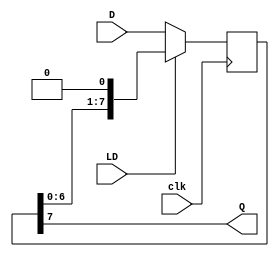
module x74166(
  input clk,
  input LD,
  input [7:0] D,
  output Q
);

assign Q = SR[7];
reg [7:0] SR;


always @(posedge clk) begin
  if (~LD) SR <= D;
  else SR <= { SR[6:0], 1'b0 };
end

endmodule